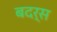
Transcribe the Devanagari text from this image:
बदर्स